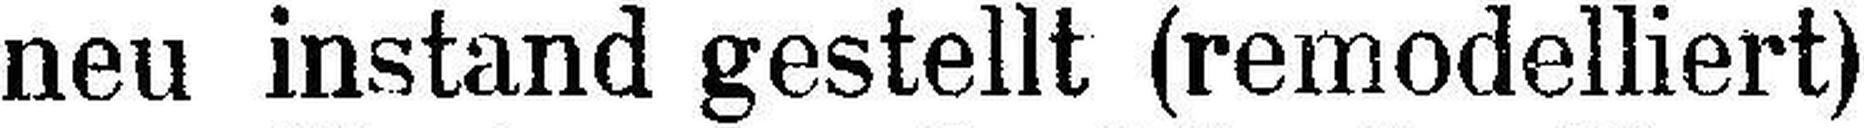
neu instand gestellt (remodelliert)